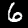
Label: 6